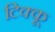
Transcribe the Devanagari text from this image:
टिक्कू